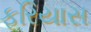
ફરિયાસ